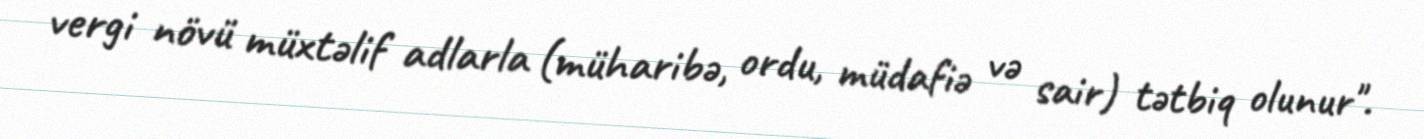
vergi növü müxtəlif adlarla (müharibə, ordu, müdafiə və sair) tətbiq olunur".